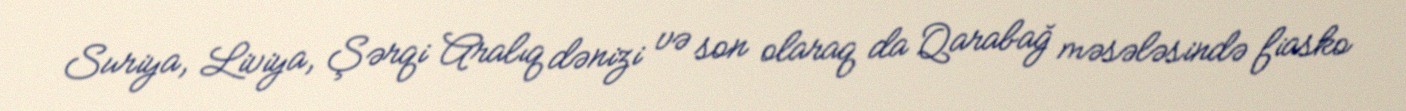
Suriya, Liviya, Şərqi Aralıq dənizi və son olaraq da Qarabağ məsələsində fiasko